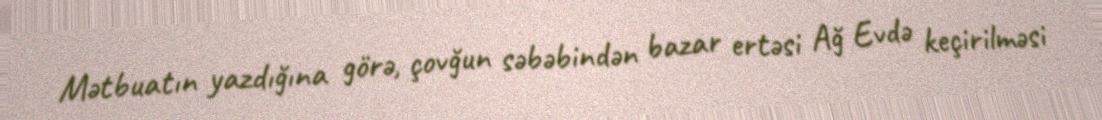
Mətbuatın yazdığına görə, çovğun səbəbindən bazar ertəsi Ağ Evdə keçirilməsi